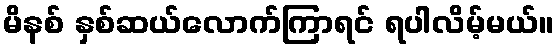
မိနစ် နှစ်ဆယ်လောက်ကြာရင် ရပါလိမ့်မယ်။